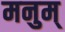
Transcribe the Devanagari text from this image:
मनुम्‌